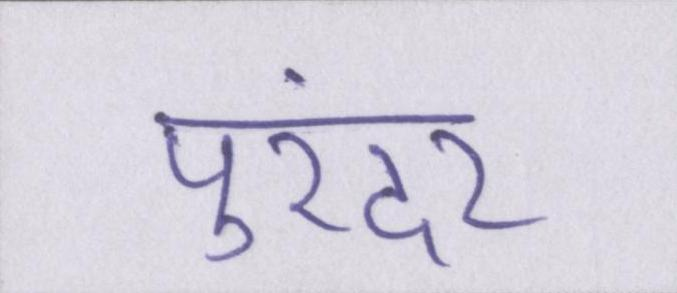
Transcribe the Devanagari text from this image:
पुरंदर